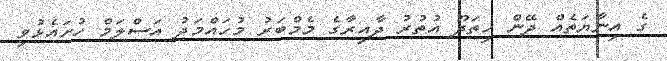
ގެ އިނާޔަތެއް ދޭން ހިތަދޫ އުތުރު ދާއިރާގެ މެމްބަރު މުހައްމަދު އަސްލަމް ހުށައެޅުވި